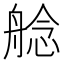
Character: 艌